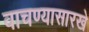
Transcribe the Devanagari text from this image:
वाचण्यासारखे